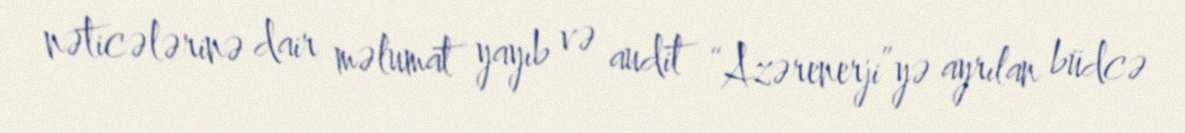
nəticələrinə dair məlumat yayıb və audit “Azərenerji”yə ayrılan büdcə